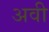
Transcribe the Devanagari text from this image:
अवी